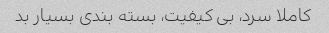
کاملا سرد، بی کیفیت، بسته بندی بسیار بد